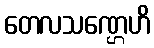
တေလသဏ္ဌေဟိ